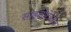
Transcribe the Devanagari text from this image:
साइलोटेलिज़